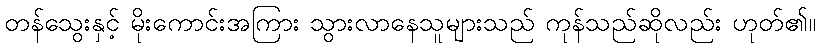
တန်သွေးနှင့် မိုးကောင်းအကြား သွားလာနေသူများသည် ကုန်သည်ဆိုလည်း ဟုတ်၏။